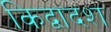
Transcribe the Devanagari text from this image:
किद्वादश